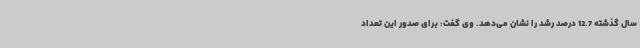
سال گذشته 12.7 درصد رشد را نشان می‌دهد. وی گفت: برای صدور این تعداد